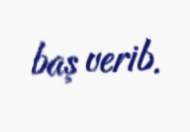
baş verib.